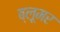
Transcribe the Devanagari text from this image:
ब्लूमर